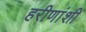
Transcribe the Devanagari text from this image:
हरीणांशी